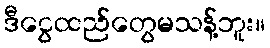
ဒီငွေထည်တွေမသန့်ဘူး။